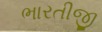
ભારતીજી